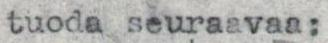
tuoda seuraavaa: